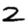
Digit: 2